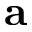
\mathbf { a }